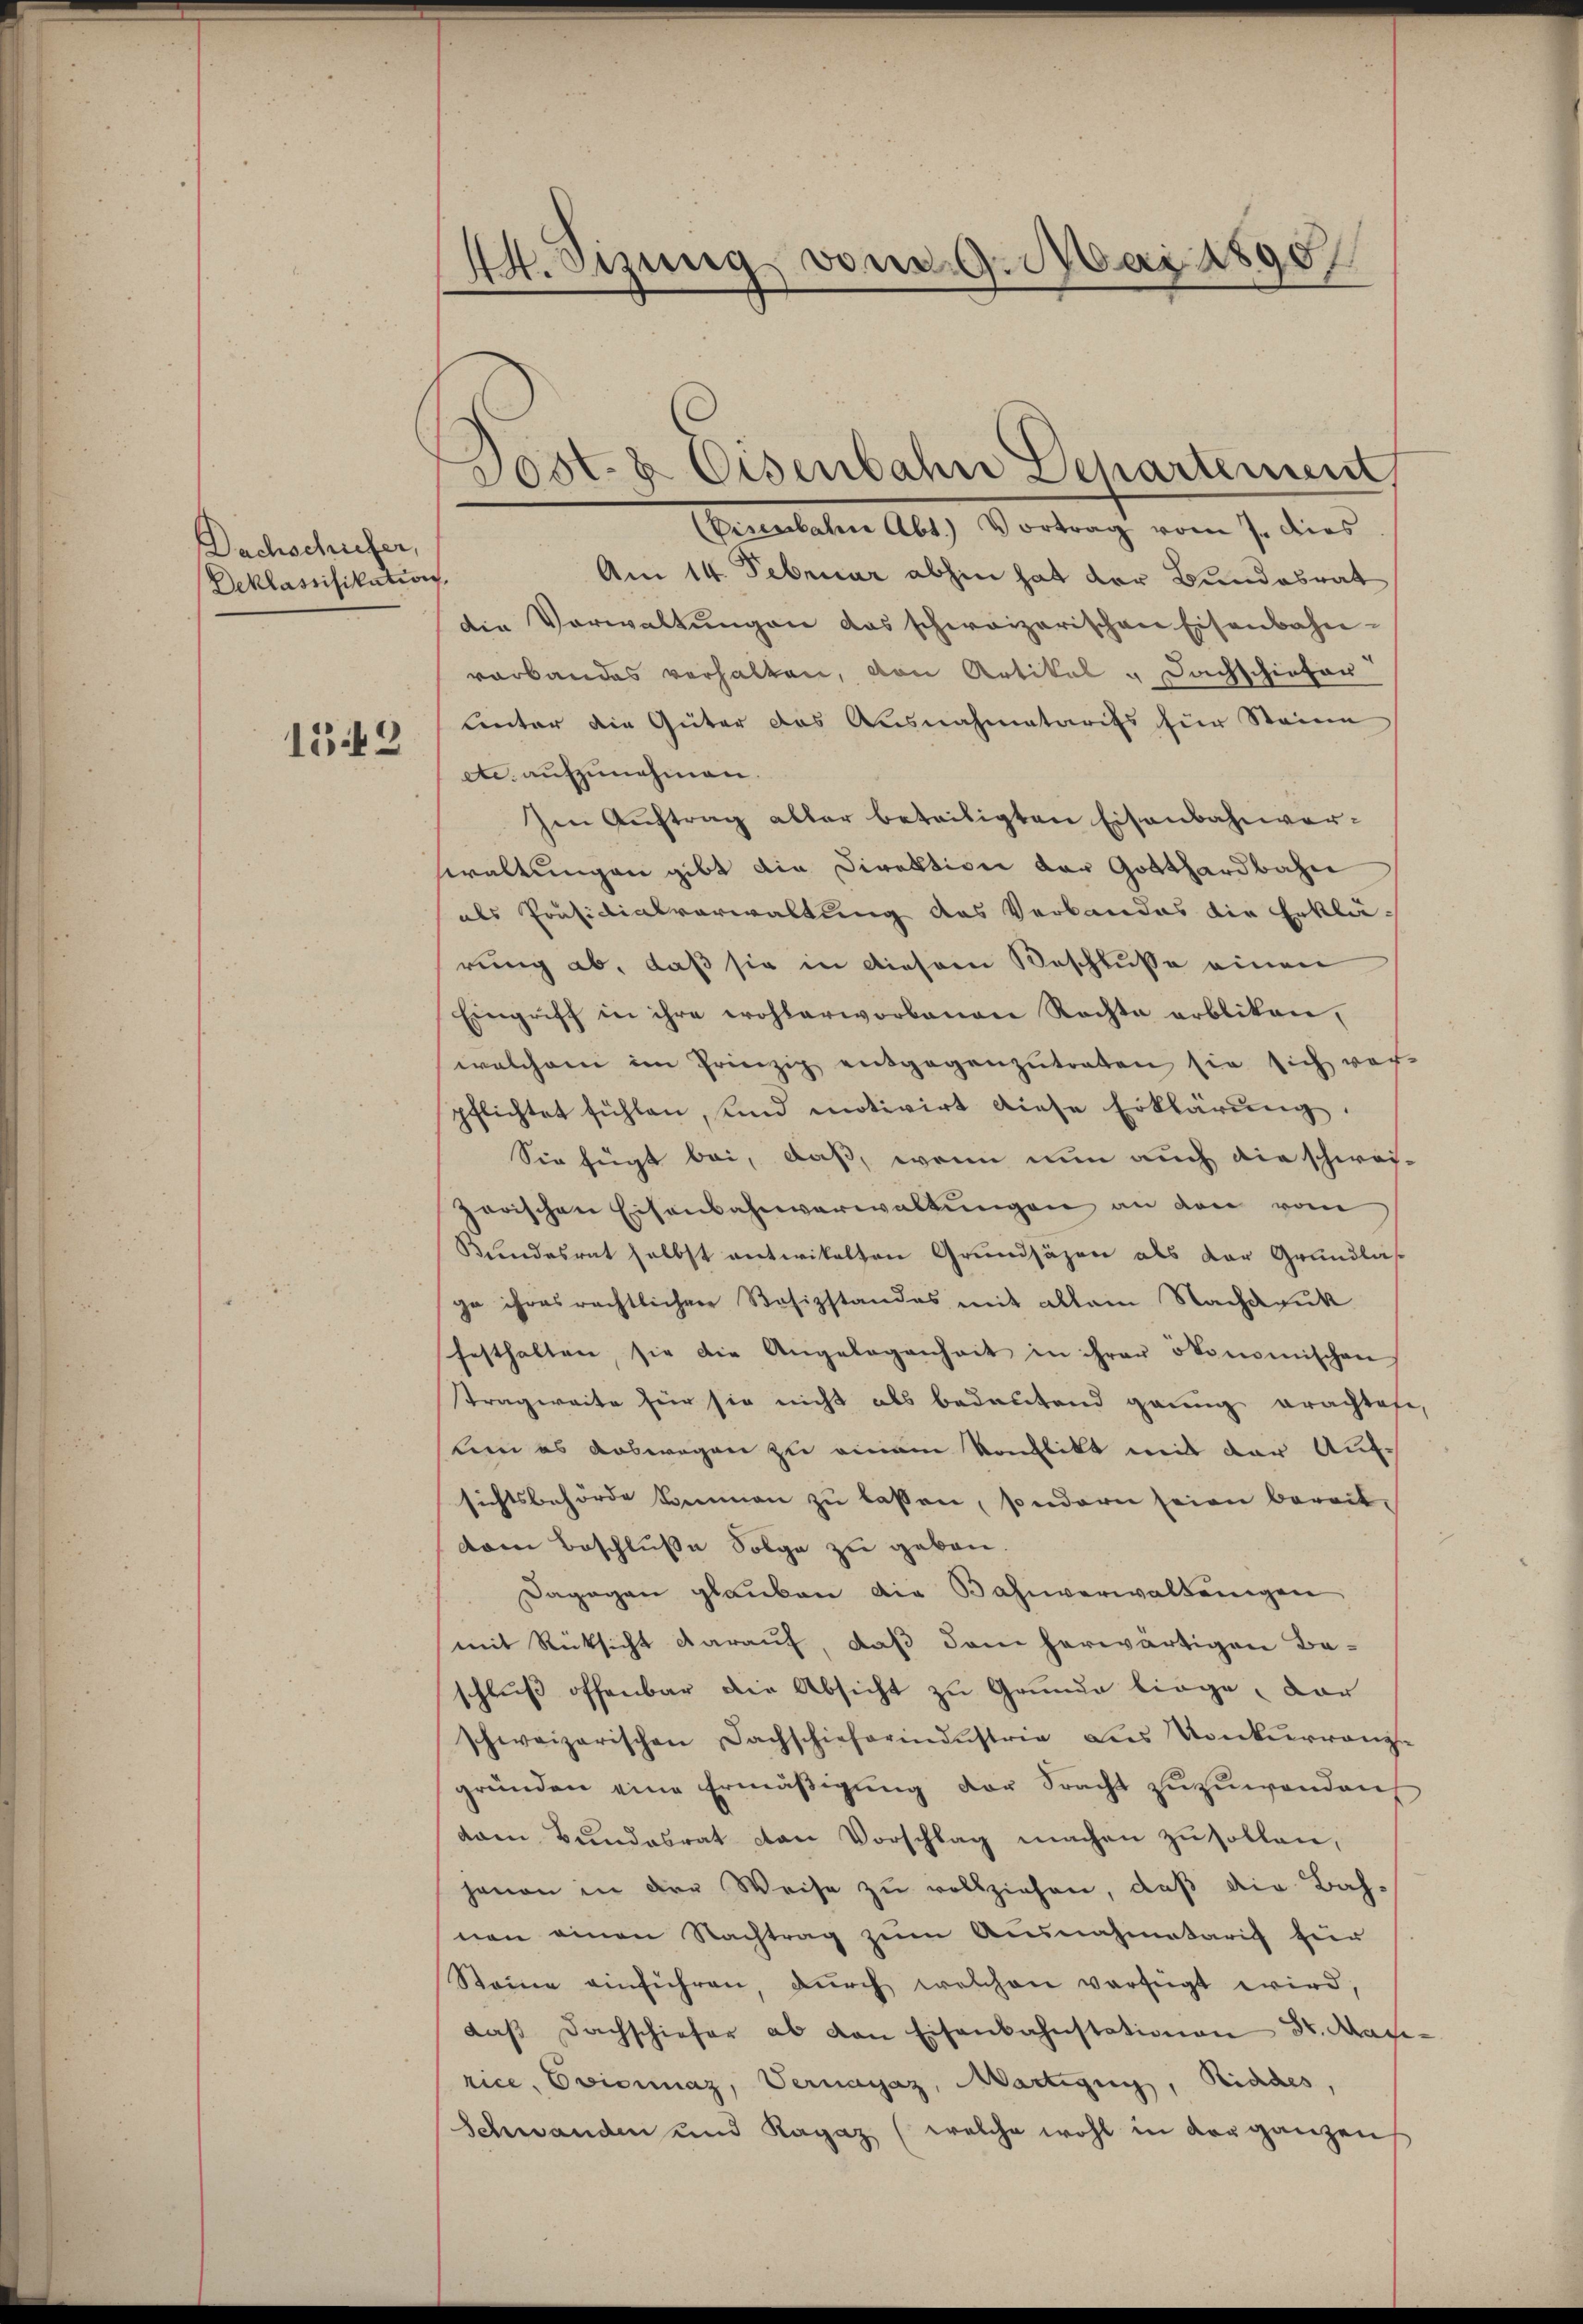
Dachschufer,
Deklassifikation.

1542

44. Sizung von 9. Mai 1890

die Verwaltŭngen das schweizerischen Eisenbahn-
varbandes verhalten, von Artikal & Dachschiefer
unter die Güter das Ausnahmetarifs für Steine
etc. aufzunehmen.
Im Aŭftrag aller beteiligten Eisenbahnverwaltungen gibt die Direktion der Gotthardbahn
als Präsidialverwaltung des Verbandes die Erklä-
rung ab, daß sie in diesem Beschlusse einen
Eingriff in ihre wohlerworbenen Rechte erbliken,
welchem im Prinzip entgegenzutreten sie sich vor
pflichtet fühlen, und motivirt diese Erklärung.
Sie fügt bei, daß, wenn nun auch die schwei-
zerischen Eisenbahnverwaltŭngen an den vom
Bundesrat selbst entwickelten Grundsäzen als der Grundlasge ihres rechtlichen Bosizstandes mit allem Nachdruk
festhalten, sie die Angelegenheit in ihrer ökonomischen
Tragweite für sie nicht als bedeutend genug erachtofe,
leen es auswegen zu einem Konflikt mit der Aufsichtsbehörde kommen zu lassen, sondern seien bereit-
dem Beschluße Folge zu geben.
Dagegen glauben die Bahnverwaltungen
mit Rücksicht darauf, daß dem herwärtigen Be-
schluß offenbar die Absicht zu Grunde liege, dar
schweizerischen Fachschieferindustrie dies Konkŭrranz-
gründen eine Ermäβigŭng der Fracht zuzuwenden
dam Bundesrat con Vorschlag machen zu sollen,
jenen in der Weise zŭ vollziehen, daβ die Bah-
nen einen Nachtrag zum Ausnahmetaris zur
Steine einführen, dŭrch welchen verfügt wird,
daβ Dachschiefer ab von Eisenkahnstationen Dr. Maxi-
rice, Evicinaz, Vernayaz, Martigung, Rindes,
Schwanden und Ragaz (welche wohl in der ganzen

Post- & Eisenbahn Departement
(Eisenbahn Abt.) Vortrag vom 7. dies
Am 14. Februar abhin hat der Bundesrat